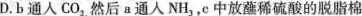
D.b通人CO_{2}然后a通入NH_{3}，c中放蘸稀硫酸的脱脂棉